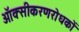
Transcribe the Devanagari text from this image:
ऑक्सीकरणरोधकों